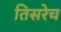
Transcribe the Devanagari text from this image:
तिसरेच